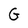
Character: G